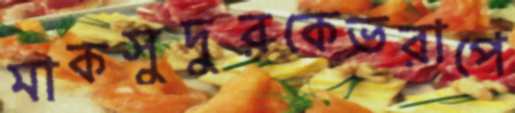
মাকসুদুরকেভরাপে